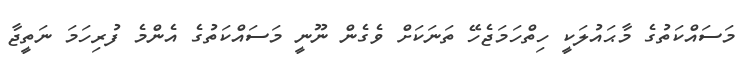
މަސައްކަތުގެ މާޙައުލަކީ ހިތްހަމަޖެހޭ ތަނަކަށް ވެގެން ނޫނީ މަސައްކަތުގެ އެންމެ ފުރިހަމަ ނަތީޖާ